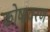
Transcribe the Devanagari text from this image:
कोषावरण